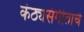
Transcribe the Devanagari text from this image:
कंठ्यसंगीताचे